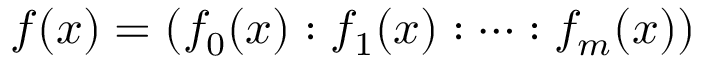
f ( x ) = ( f _ { 0 } ( x ) : f _ { 1 } ( x ) : \dots : f _ { m } ( x ) )